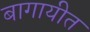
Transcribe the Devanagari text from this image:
बागायीत